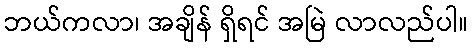
ဘယ်ကလာ၊ အချိန် ရှိရင် အမြဲ လာလည်ပါ။